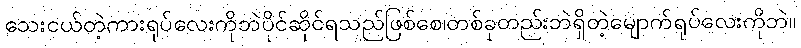
သေးငယ်တဲ့ကားရုပ်လေးကိုဘဲပိုင်ဆိုင်ရသည်ဖြစ်စေ၊တစ်ခုတည်းဘဲရှိတဲ့မျောက်ရုပ်လေးကိုဘဲ။